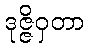
ဒုဇ္ဇိဝှတာ